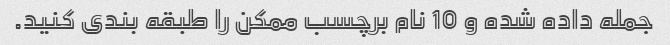
جمله داده شده و 10 نام برچسب ممکن را طبقه بندی کنید.